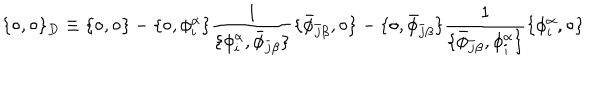
\{ \circ , \circ \} _ { D } \equiv \{ \circ , \circ \} - \{ \circ , \phi _ { i } ^ { \alpha } \} \frac { 1 } { \{ \phi _ { i } ^ { \alpha } , \bar { \phi } _ { \bar { j } \beta } \} } \{ \bar { \phi } _ { \bar { j } \beta } , \circ \} - \{ \circ , \bar { \phi } _ { \bar { j } \beta } \} \frac { 1 } { \{ \bar { \phi } _ { \bar { j } \beta } , \phi _ { i } ^ { \alpha } \} } \{ \phi _ { i } ^ { \alpha } , \circ \}